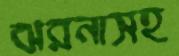
ঝরনাসহ